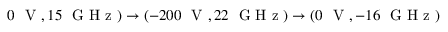
0 ~ \mathrm { ~ V ~ } , 1 5 ~ \mathrm { ~ G ~ H ~ z ~ } ) \rightarrow ( - 2 0 0 ~ \mathrm { ~ V ~ } , 2 2 ~ \mathrm { ~ G ~ H ~ z ~ } ) \rightarrow ( 0 ~ \mathrm { ~ V ~ } , - 1 6 ~ \mathrm { ~ G ~ H ~ z ~ } )